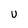
Character: U